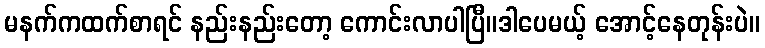
မနက်ကထက်စာရင် နည်းနည်းတော့ ကောင်းလာပါပြီ။ဒါပေမယ့် အောင့်နေတုန်းပဲ။